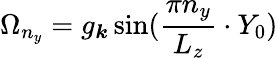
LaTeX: {\Omega}_{n_{y}}=g_{\boldsymbol k}\sin(\frac{\pi n_{y}}{L_{z}}\cdot Y_{0})